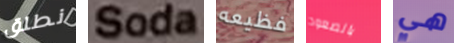
نطلق Soda فظيعه بالصعود هي